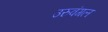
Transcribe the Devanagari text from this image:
उरुवंगल